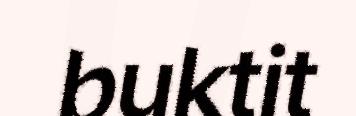
buktit